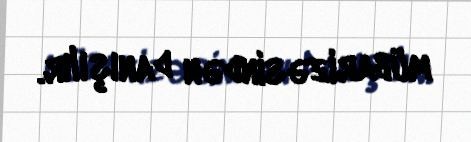
mübarizəsindən danışılır.